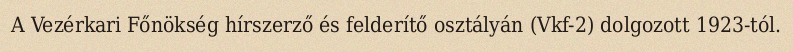
A Vezérkari Főnökség hírszerző és felderítő osztályán (Vkf-2) dolgozott 1923-tól.